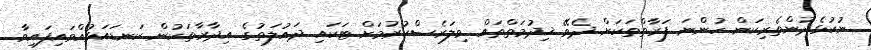
ނުކުޅެދުންތެރިކަން ހުންނަ ފަރާތްތަކަށް ދެވޭ ޚިދުމަތްތައް ވިލަރެސްކުރުމަށް ޓަކައި ދައުލަތުގެ އިދާރާތަކުން ކަނޑައަޅުއްވައިފައިވާ